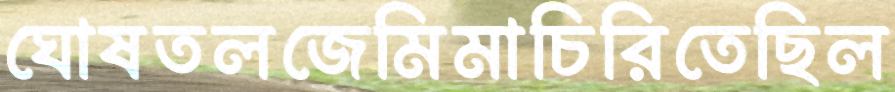
ঘোষতলজেমিমাচিরিতেছিল